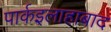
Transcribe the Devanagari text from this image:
पार्कइलाहाबाद